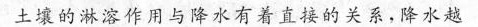
土壤的淋溶作用与降水有着直接的关系，降水越